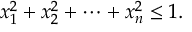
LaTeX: x _ { 1 } ^ { 2 } + x _ { 2 } ^ { 2 } + \cdots + x _ { n } ^ { 2 } \leq 1 .